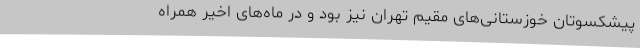
پیشکسوتان خوزستانی‌های مقیم تهران نیز بود و در ماه‌های اخیر همراه